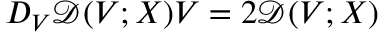
D _ { V } \mathcal { D } ( V ; X ) V = 2 \mathcal { D } ( V ; X )